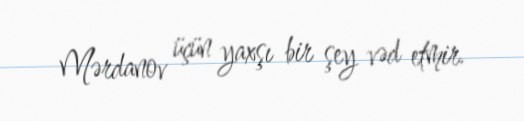
Mərdanov üçün yaxşı bir şey vəd etmir.